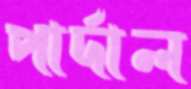
পার্দাল